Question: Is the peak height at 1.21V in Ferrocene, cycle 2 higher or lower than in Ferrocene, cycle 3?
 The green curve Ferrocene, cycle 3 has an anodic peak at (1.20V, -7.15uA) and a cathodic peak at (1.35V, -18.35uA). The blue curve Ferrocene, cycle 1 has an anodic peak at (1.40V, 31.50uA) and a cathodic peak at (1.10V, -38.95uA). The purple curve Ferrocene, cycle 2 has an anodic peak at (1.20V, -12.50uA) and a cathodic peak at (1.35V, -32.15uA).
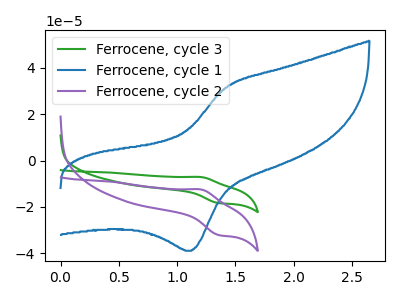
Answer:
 <answer>The peak at 1.21V is lower in "Ferrocene, cycle 2" than in "Ferrocene, cycle 3".</answer>
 <eval>lower</eval>